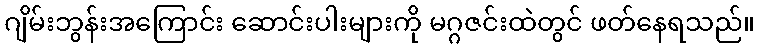
ဂျိမ်းဘွန်းအကြောင်း ဆောင်းပါးများကို မဂ္ဂဇင်းထဲတွင် ဖတ်နေရသည်။